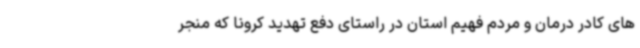
های کادر درمان و مردم فهیم استان در راستای دفع تهدید کرونا که منجر